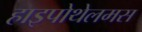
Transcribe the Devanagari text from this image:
हाइपोथेलमस